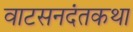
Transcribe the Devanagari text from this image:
वाटसनदंतकथा